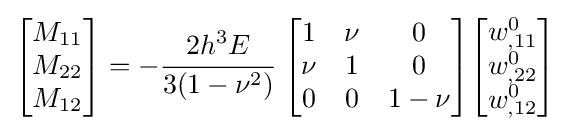
{\begin{bmatrix}M_{11}\\M_{22}\\M_{12}\end{bmatrix}}=-{\cfrac {2h^{3}E}{3(1-\nu ^{2})}}~{\begin{bmatrix}1&\nu &0\\\nu &1&0\\0&0&{1-\nu }\end{bmatrix}}{\begin{bmatrix}w_{,11}^{0}\\w_{,22}^{0}\\w_{,12}^{0}\end{bmatrix}}